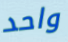
واحد